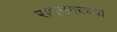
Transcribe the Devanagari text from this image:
रामनगरच्या